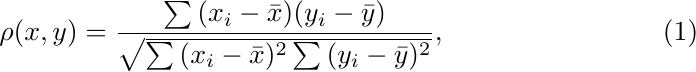
\begin{equation}\label{eq:Pearson}
\rho(x,y) = \frac{\sum{(x_i - \bar{x})(y_i - \bar{y})}}{\sqrt{\sum{(x_i - \bar{x})^2}\sum{(y_i - \bar{y})^2}}},
\end{equation}